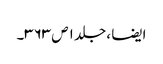
ایضا ، جلد ۱ ص ۳۶۳۔